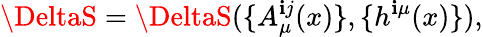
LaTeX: \DeltaS=\DeltaS(\{ A_{\mu}^{\mathbf{i}j}(x)\} ,\{ h^{\mathbf{i}\mu}(x)\} ),